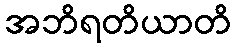
အဘိရတိယာတိ